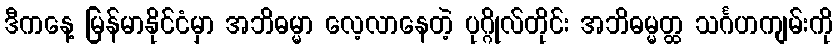
ဒီကနေ့ မြန်မာနိုင်ငံမှာ အဘိဓမ္မာ လေ့လာနေတဲ့ ပုဂ္ဂိုလ်တိုင်း အဘိဓမ္မတ္ထ သင်္ဂဟကျမ်းကို